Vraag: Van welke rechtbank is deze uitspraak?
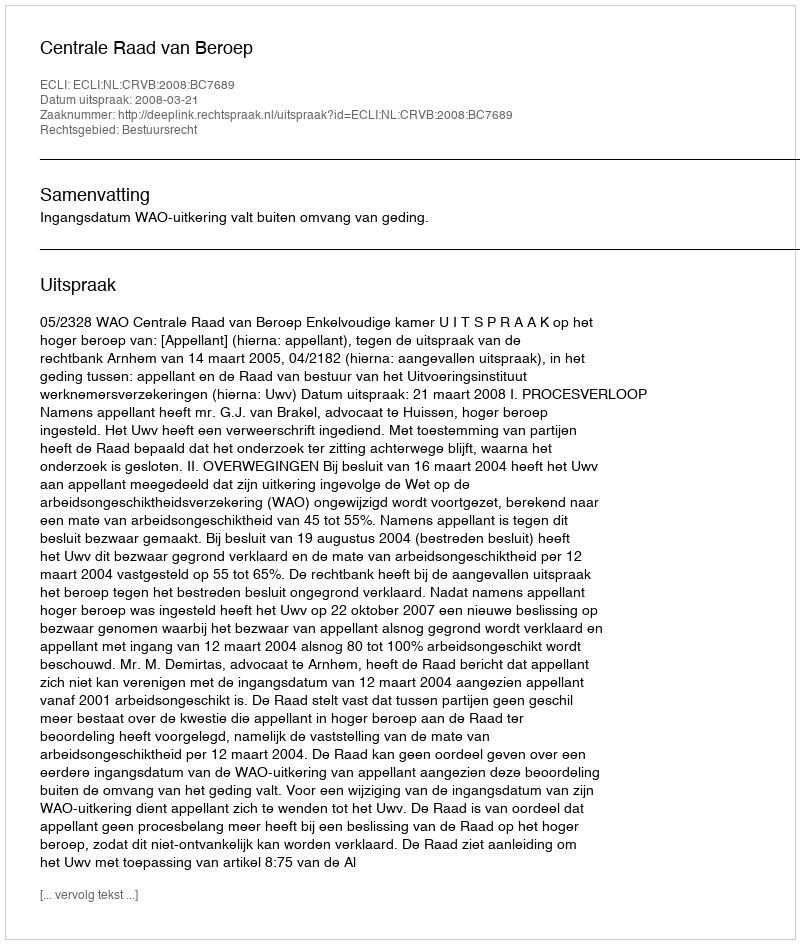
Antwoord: Centrale Raad van Beroep